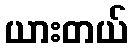
ယားတယ်